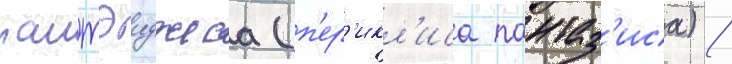
пантэиджеса (п'ер'икл'иса пантаз'иса) /